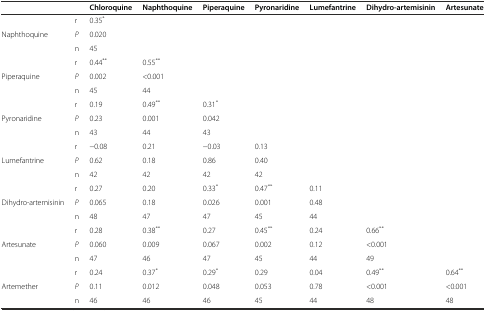
<table><thead><tr><td></td><td></td><td><b>Chloroquine</b></td><td><b>Naphthoquine</b></td><td><b>Piperaquine</b></td><td><b>Pyronaridine</b></td><td><b>Lumefantrine</b></td><td><b>Dihydro-artemisinin</b></td><td><b>Artesunate</b></td></tr></thead><tbody><tr><td rowspan="3">Naphthoquine</td><td>r</td><td>0.35<sup>*</sup></td><td></td><td></td><td></td><td></td><td></td><td></td></tr><tr><td><i>P</i></td><td>0.020</td><td></td><td></td><td></td><td></td><td></td><td></td></tr><tr><td>n</td><td>45</td><td></td><td></td><td></td><td></td><td></td><td></td></tr><tr><td rowspan="3">Piperaquine</td><td>r</td><td>0.44<sup>**</sup></td><td>0.55<sup>**</sup></td><td></td><td></td><td></td><td></td><td></td></tr><tr><td><i>P</i></td><td>0.002</td><td>&lt;0.001</td><td></td><td></td><td></td><td></td><td></td></tr><tr><td>n</td><td>45</td><td>44</td><td></td><td></td><td></td><td></td><td></td></tr><tr><td rowspan="3">Pyronaridine</td><td>r</td><td>0.19</td><td>0.49<sup>**</sup></td><td>0.31<sup>*</sup></td><td></td><td></td><td></td><td></td></tr><tr><td><i>P</i></td><td>0.23</td><td>0.001</td><td>0.042</td><td></td><td></td><td></td><td></td></tr><tr><td>n</td><td>43</td><td>44</td><td>43</td><td></td><td></td><td></td><td></td></tr><tr><td rowspan="3">Lumefantrine</td><td>r</td><td>−0.08</td><td>0.21</td><td>−0.03</td><td>0.13</td><td></td><td></td><td></td></tr><tr><td><i>P</i></td><td>0.62</td><td>0.18</td><td>0.86</td><td>0.40</td><td></td><td></td><td></td></tr><tr><td>n</td><td>42</td><td>42</td><td>42</td><td>42</td><td></td><td></td><td></td></tr><tr><td rowspan="3">Dihydro-artemisinin</td><td>r</td><td>0.27</td><td>0.20</td><td>0.33<sup>*</sup></td><td>0.47<sup>**</sup></td><td>0.11</td><td></td><td></td></tr><tr><td><i>P</i></td><td>0.065</td><td>0.18</td><td>0.026</td><td>0.001</td><td>0.48</td><td></td><td></td></tr><tr><td>n</td><td>48</td><td>47</td><td>47</td><td>45</td><td>44</td><td></td><td></td></tr><tr><td rowspan="3">Artesunate</td><td>r</td><td>0.28</td><td>0.38<sup>**</sup></td><td>0.27</td><td>0.45<sup>**</sup></td><td>0.24</td><td>0.66<sup>**</sup></td><td></td></tr><tr><td><i>P</i></td><td>0.060</td><td>0.009</td><td>0.067</td><td>0.002</td><td>0.12</td><td>&lt;0.001</td><td></td></tr><tr><td>n</td><td>47</td><td>46</td><td>47</td><td>45</td><td>44</td><td>49</td><td></td></tr><tr><td rowspan="3">Artemether</td><td>r</td><td>0.24</td><td>0.37<sup>*</sup></td><td>0.29<sup>*</sup></td><td>0.29</td><td>0.04</td><td>0.49<sup>**</sup></td><td>0.64<sup>**</sup></td></tr><tr><td><i>P</i></td><td>0.11</td><td>0.012</td><td>0.048</td><td>0.053</td><td>0.78</td><td>&lt;0.001</td><td>&lt;0.001</td></tr><tr><td>n</td><td>46</td><td>46</td><td>46</td><td>45</td><td>44</td><td>48</td><td>48</td></tr></tbody></table>